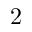
2